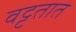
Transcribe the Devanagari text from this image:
वट्टतात